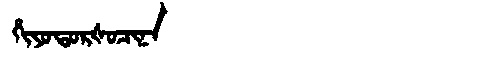
Manchu: ᡥᡳᠶᠣᡨᠣᡵᡧᠣᠴᡳᠨᠠ
Romanization: HIYOTORŠOCINA